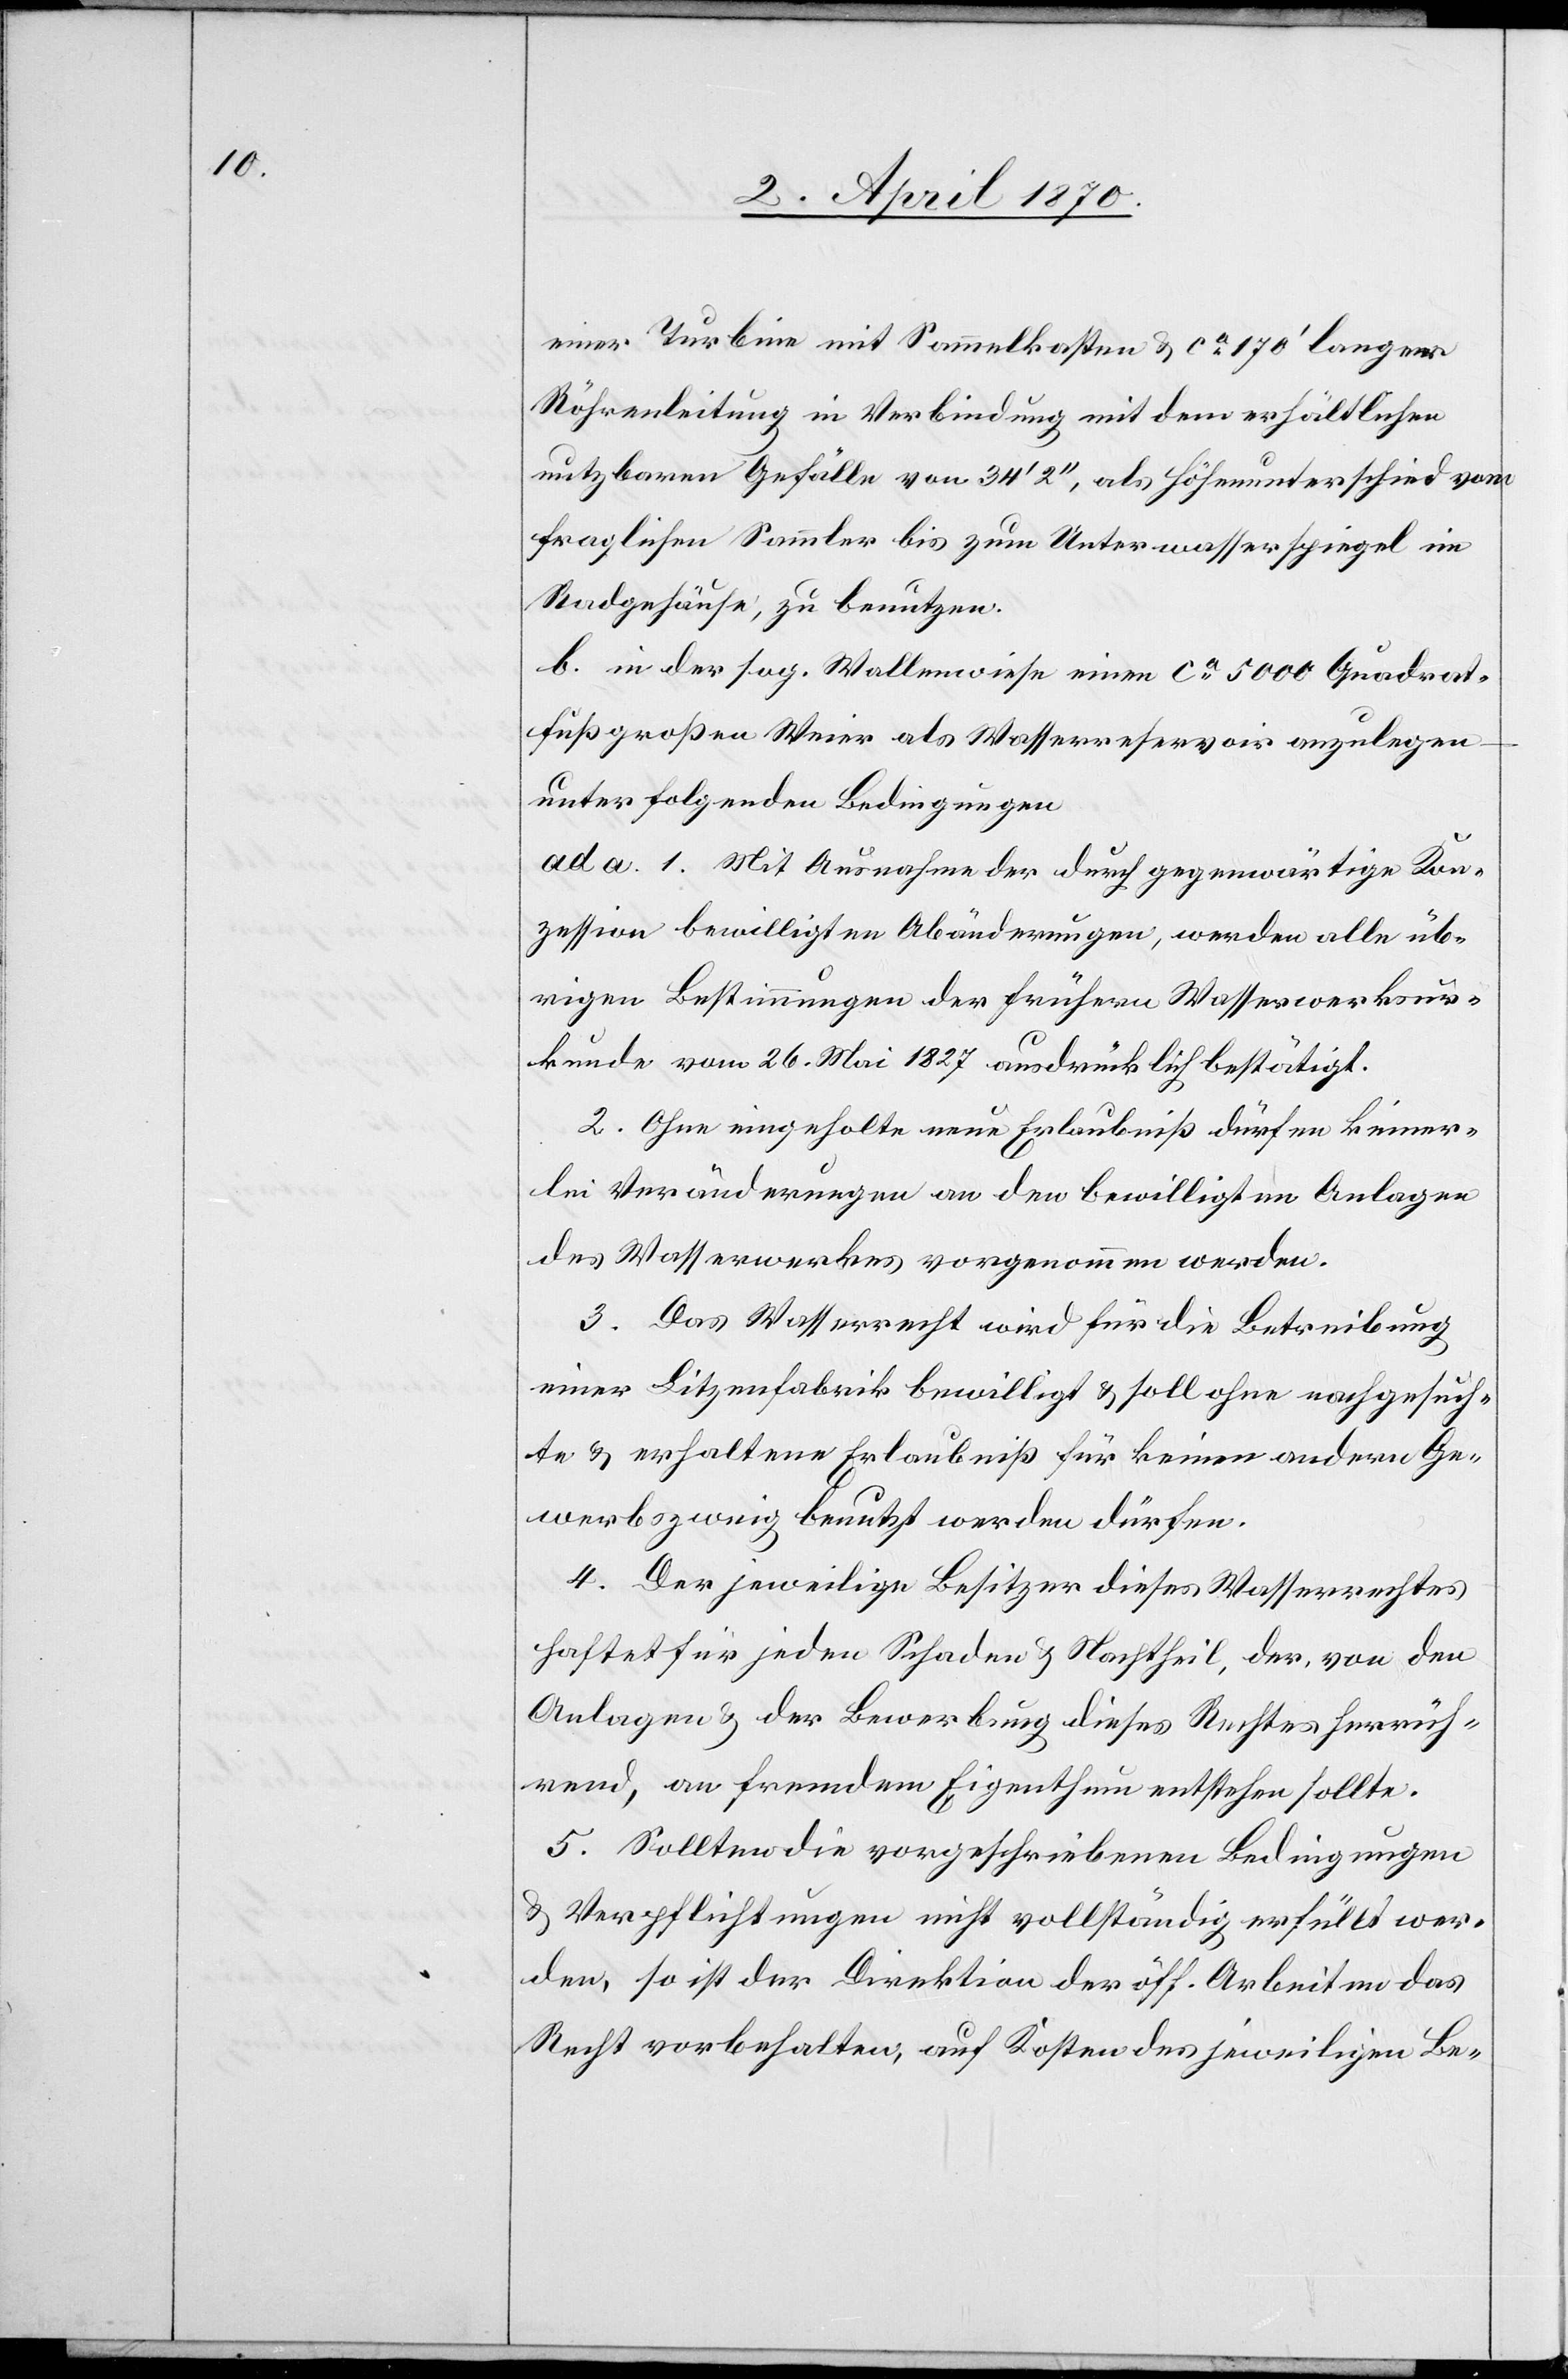
einer Turbine mit Sammelkasten & ca 170‘ langer
Röhrenleitung in Verbindung mit dem erhältlichen
nutzbaren Gefälle von 34‘ 2‘‘, als Höhenunterschied vom
fraglichen Sammler bis zum Unterwasserspiegel im
Radgehäuse, zu benutzen.
b. in der sog. Wallenwiese einen ca 5000 Quadrat¬
fuß großen Weier als Wasserreservoir anzulegen
unter folgenden Bedingungen:
ad a. 1. Mit Ausnahme der durch gegenwärtige Kon¬
zession bewilligten Abänderungen, werden alle üb¬
rigen Bestimmungen der frühern Wasserwerksur¬
kunde vom 26. Mai 1827 ausdrücklich bestätigt.
2. Ohne eingeholte neue Erlaubniß dürfen keiner¬
lei Veränderungen an den bewilligten Anlagen
des Wasserwerkes vorgenommen werden.
3. Das Wasserrecht wird für die Betreibung
einer Litzenfabrik bewilligt & soll ohne nachgesuch¬
te & erhaltene Erlaubniß für keinen andern Ge¬
werbszweig benutzt werden dürfen.
4. Der jeweilige Besitzer dieses Wasserrechtes
haftet für jeden Schaden & Nachtheil, der, von den
Anlagen & der Bewerbung dieses Rechtes herrüh¬
rend, an fremdem Eigenthum entstehen sollte.
5. Sollten die vorgeschriebenen Bedingungen
& Verpflichtungen nicht vollständig erfüllt wer¬
den, so ist der Direktion der öff. Arbeiten das
Recht vorbehalten, auf Kosten des jeweiligen Be-